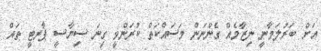
އަށް ބަރުލަމާނީ ނިޒާމެއް ގެންނަން މަސައްކަތް ކުރަންވީ ގިނަ ސިޔާސީ ޕާރޓީ ތައް